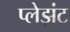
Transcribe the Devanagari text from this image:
प्लेझंट